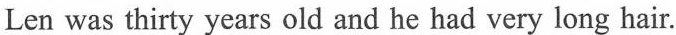
Len was thirty years old and he had very long hair.